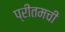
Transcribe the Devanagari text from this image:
प्रीतमची